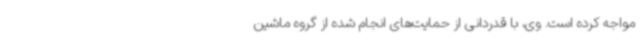
مواجه کرده است. وی، با قدردانی از حمایت‌های انجام شده از گروه ماشین